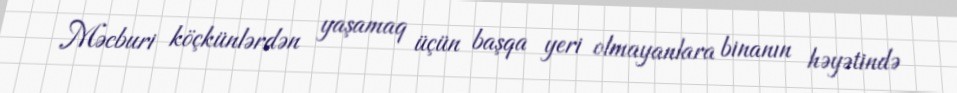
Məcburi köçkünlərdən yaşamaq üçün başqa yeri olmayanlara binanın həyətində